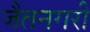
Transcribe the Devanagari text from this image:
जैतनगरी